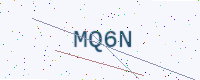
Text: MQ6N